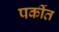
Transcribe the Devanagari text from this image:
पर्कीत